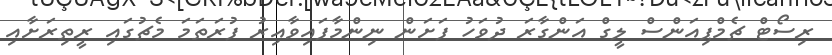
ރިސޯޓް ޗެމްޕިއަންސް ލީގް އަންގާރަ ދުވަހު ފަށަން ނިންމާފައިވާއިރު ފުރަތަމަ މެޗުގައި ރީތިރަށާއި